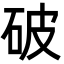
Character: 破